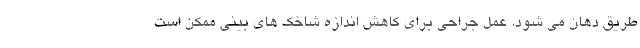
طریق دهان می شود. عمل جراحی برای کاهش اندازه شاخک های بینی ممکن است